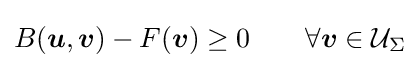
B({\boldsymbol {u}},{\boldsymbol {v}})-F({\boldsymbol {v}})\geq 0\qquad \forall {\boldsymbol {v}}\in {\mathcal {U}}_{\Sigma }